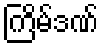
ကြိမ်ဒဏ်